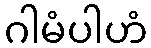
ဂါမံပါဟံ